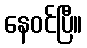
နေဝင်ပြီ။